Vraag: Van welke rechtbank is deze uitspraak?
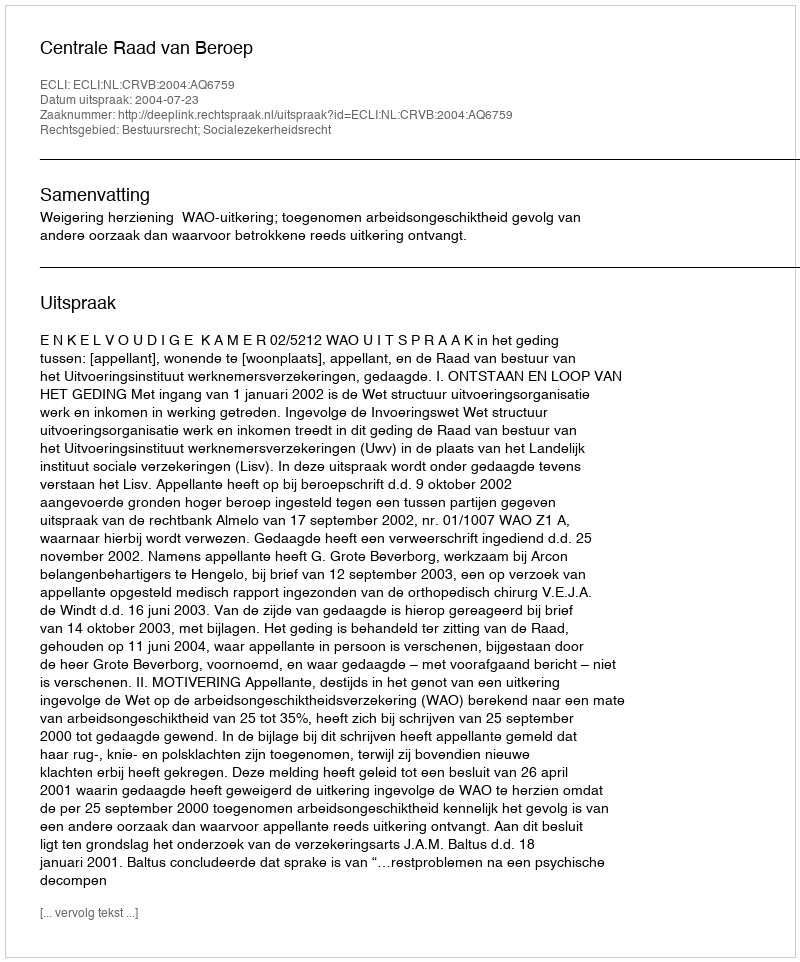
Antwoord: Centrale Raad van Beroep